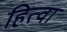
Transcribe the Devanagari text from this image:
हित्वा